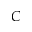
C